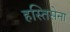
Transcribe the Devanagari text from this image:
हस्तिसेना